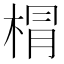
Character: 𣓍